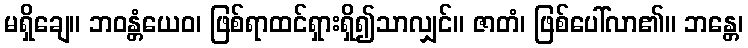
မရှိချေ။ ဘဝန္တံယေဝ၊ ဖြစ်ရာထင်ရှားရှိ၍သာလျှင်။ ဇာတံ၊ ဖြစ်ပေါ်လာ၏။ ဘန္တေ၊